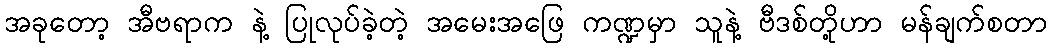
အခုတော့ အီဗရာက နဲ့ ပြုလုပ်ခဲ့တဲ့ အမေးအဖြေ ကဏ္ဍမှာ သူနဲ့ ဗီဒစ်တို့ဟာ မန်ချက်စတာ